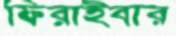
ফিরাইবার